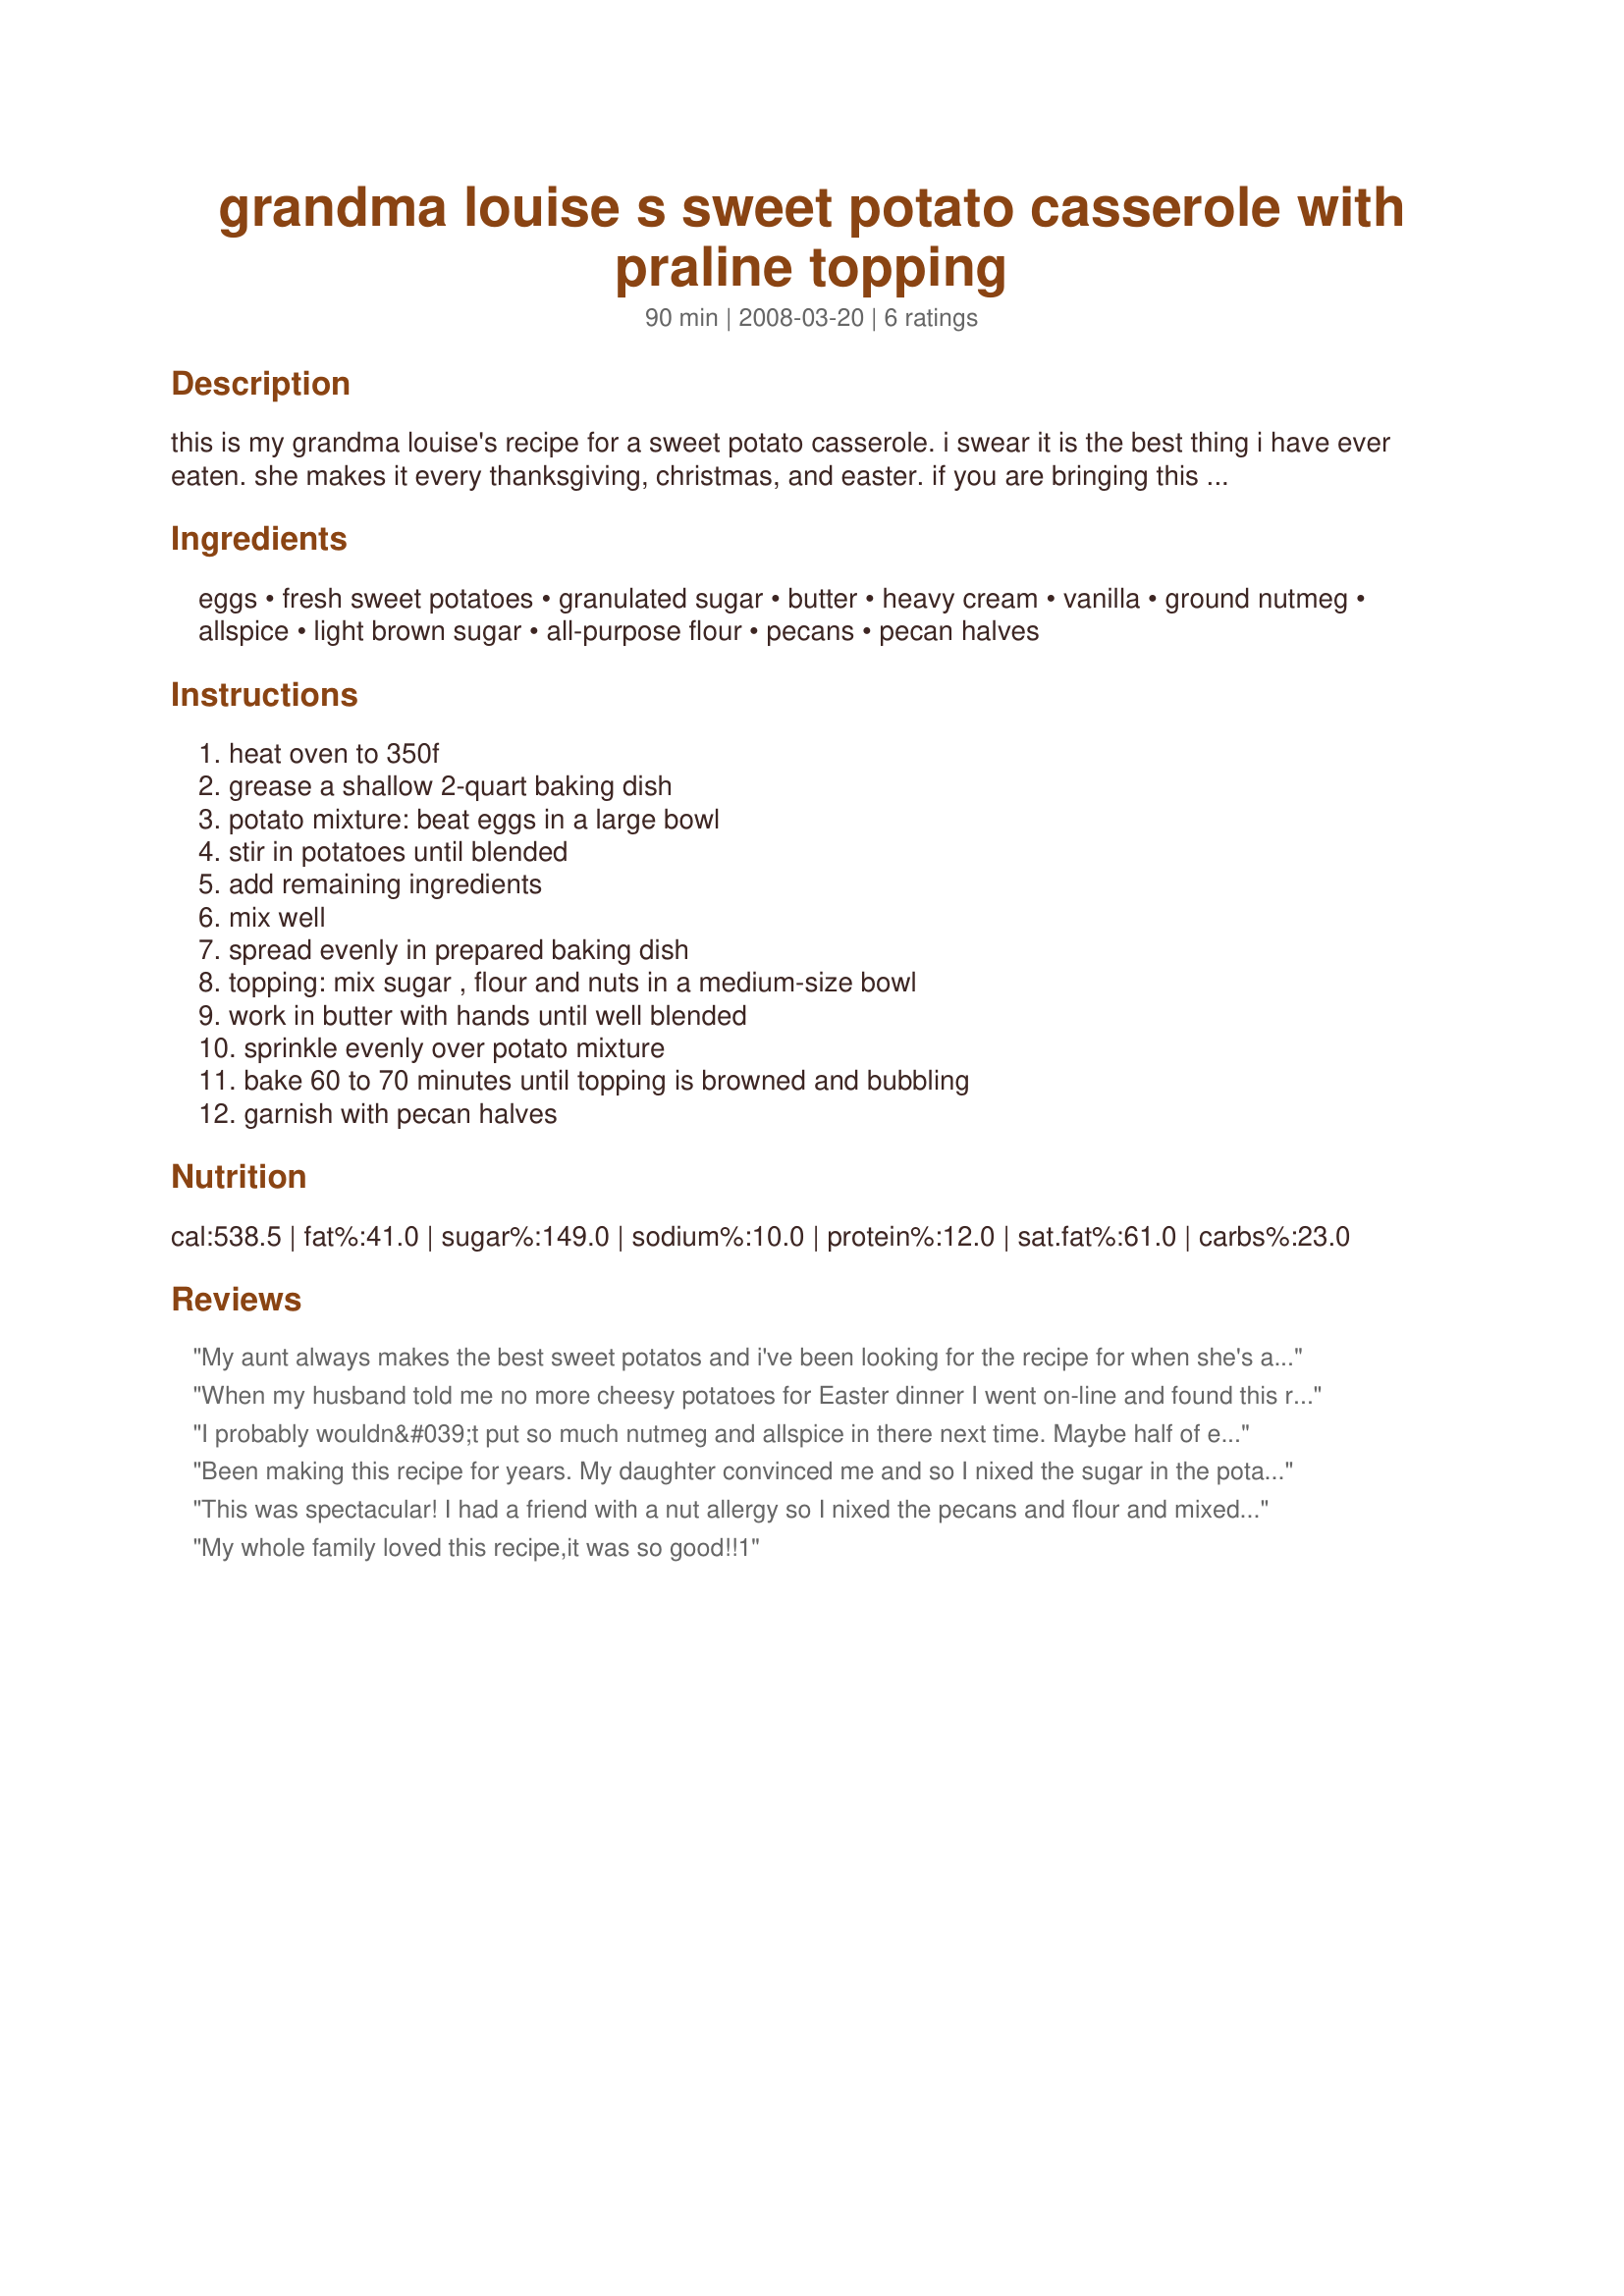
grandma louise s sweet potato casserole with praline topping
Preparation time: 90 minutes

this is my grandma louise's recipe for a sweet potato casserole. i swear it is the best thing i have ever eaten. she makes it every thanksgiving, christmas, and easter. if you are bringing this to a party, it can easily be reheated by covering it with aluminum foil, placing it in an oven at 350°f, and heating it for about 20-30 minutes or until just bubbling. enjoy!

note: prep time does not include time needed to prepate fresh sweet potatoes/yams.

Ingredients:
eggs, fresh sweet potatoes, granulated sugar, butter, heavy cream, vanilla, ground nutmeg, allspice, light brown sugar, all-purpose flour, pecans, pecan halves

Steps:
heat oven to 350f, grease a shallow 2-quart baking dish, potato mixture: beat eggs in a large bowl, stir in potatoes until blended, add remaining ingredients, mix well, spread evenly in prepared baking dish, topping: mix sugar , flour and nuts in a medium-size bowl, work in butter with hands until well blended, sprinkle evenly over potato mixture, bake 60 to 70 minutes until topping is browned and bubbling, garnish with pecan halves

Reviews:
My aunt always makes the best sweet potatos and i've been looking for the recipe for when she's a no show. This was def it, made it for Easter and was an instant hit. Thanks!
When my husband told me no more cheesy potatoes for Easter dinner I went on-line and found this receipe and Recipe #81902, (Make-Ahead Mashed Potatoes.) Both were easy and fun to make. They were a big hit and I will be adding them to our collection of family favorite receipes. Many Thanks!
I probably wouldn&#039;t put so much nutmeg and allspice in there next time. Maybe half of each amount said in recipe. Otherwise, very good!
Been making this recipe for years. My daughter convinced me and so I nixed the sugar in the potato mixture as well as cutting the butter in half. Family of 10 children and 37 grandchildren like it better not so sweet. I have even omitted the eggs on occasion. Everywhere I take it is a big hit. None of the family, including extended family will eat any other and always asks for the recipe. They too seem to prefer it not so sweet. It is a great basic recipe
This was spectacular! I had a friend with a nut allergy so I nixed the pecans and flour and mixed the butter and brown sugar with honey bunches of oats cereal for the topping....it was AWESOME! Thanks so much for sharing!
My whole family loved this recipe,it was so good!!1
